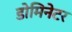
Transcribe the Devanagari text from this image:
डोमिनेटर